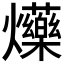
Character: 𤓈